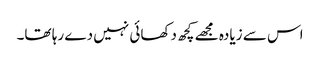
اس سے زیادہ مجھے کچھ دکھائی نہیں دے رہا تھا۔